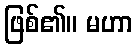
ဖြစ်၏။ မဟာ